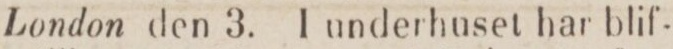
London den 3. I underhuset har blif-